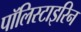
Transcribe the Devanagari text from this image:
पॉलिस्टाइरिन